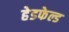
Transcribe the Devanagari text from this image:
हेडफेल्ड